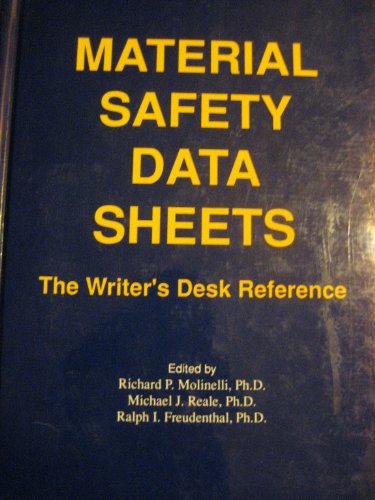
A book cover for Material Safety Data Sheets: The Writer's Desk Reference; Richard P. Molinelli; Science & Math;